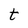
Character: t